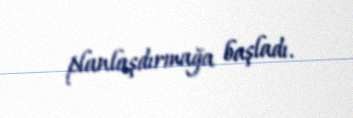
planlaşdırmağa başladı.